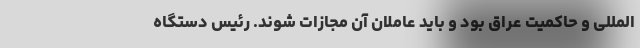
المللی و حاکمیت عراق بود و باید عاملان آن مجازات شوند. رئیس دستگاه